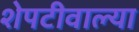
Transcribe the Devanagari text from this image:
शेपटीवाल्या